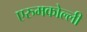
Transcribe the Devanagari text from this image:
एरुमकोल्ली